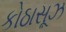
કોઠાસૂઝ